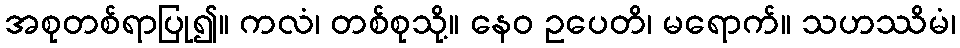
အစုတစ်ရာပြု၍။ ကလံ၊ တစ်စုသို့။ နေဝ ဥပေတိ၊ မရောက်။ သဟဿိမံ၊